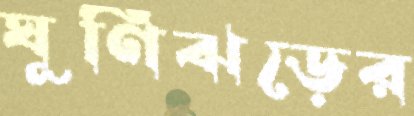
ঘূণিঝড়ের